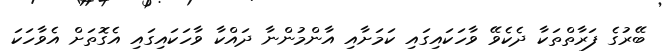
ބޭރުގެ ފަރާތްތަކާ ދެކެވޭ ވާހަކައިގައި ކަމަށާއި އާންމުންނާ ދައްކާ ވާހަކައިގައި އެގޮތަށް އެވާހަކަ